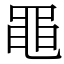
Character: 黽